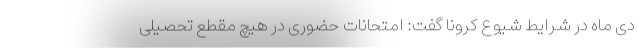
دی ماه در شرایط شیوع کرونا گفت: امتحانات حضوری در هیچ مقطع تحصیلی